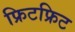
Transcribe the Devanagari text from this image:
फ्रिटफ्रिट